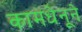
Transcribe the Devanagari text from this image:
कामधेनूने